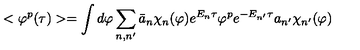
< \varphi ^ { p } ( \tau ) > = \int d \varphi \sum _ { n , n ^ { \prime } } \bar { a } _ { n } \chi _ { n } ( \varphi ) e ^ { E _ { n } \tau } \varphi ^ { p } e ^ { - E _ { n ^ { \prime } } \tau } a _ { n ^ { \prime } } \chi _ { n ^ { \prime } } ( \varphi )